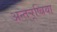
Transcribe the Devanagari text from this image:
अन्तर्‍र्रष्त्रिया